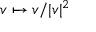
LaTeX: v \mapsto v / | v | ^ { 2 }